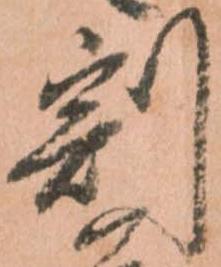
割